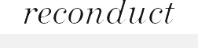
reconduct